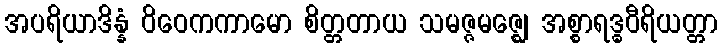
အပရိယာဒိန္နံ ဝိဝေကကာမော စိတ္တတာယ သမဇ္ဇမဇ္ဈေ အစ္စာရဒ္ဓဝီရိယတ္တာ